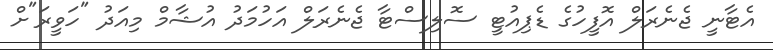
އެޓާނީ ޖެނެރަލް އޮފީހުގެ ޑެޕިއުޓީ ސޮލިސްޓާ ޖެނެރަލް އަހުމަދު އުޝާމް މިއަދު "ހަވީރަ"ށް